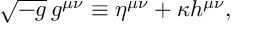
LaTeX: \sqrt { - g } \, g ^ { \mu \nu } \equiv \eta ^ { \mu \nu } + \kappa h ^ { \mu \nu } ,